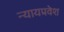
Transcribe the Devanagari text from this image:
न्यायप्रवेश